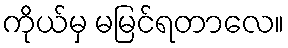
ကိုယ်မှ မမြင်ရတာလေ။